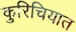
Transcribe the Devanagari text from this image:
कुरिचियात